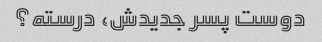
دوست پسر جدیدش، درسته؟